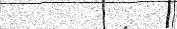
٤٧